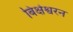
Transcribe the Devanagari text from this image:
बिक्षेश्वरन